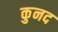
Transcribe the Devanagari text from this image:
कुनद